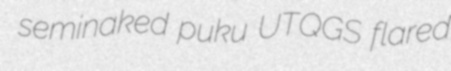
seminaked puku UTQGS flared